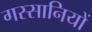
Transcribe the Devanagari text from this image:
गस्सानियों